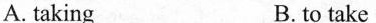
A. taking B. to take